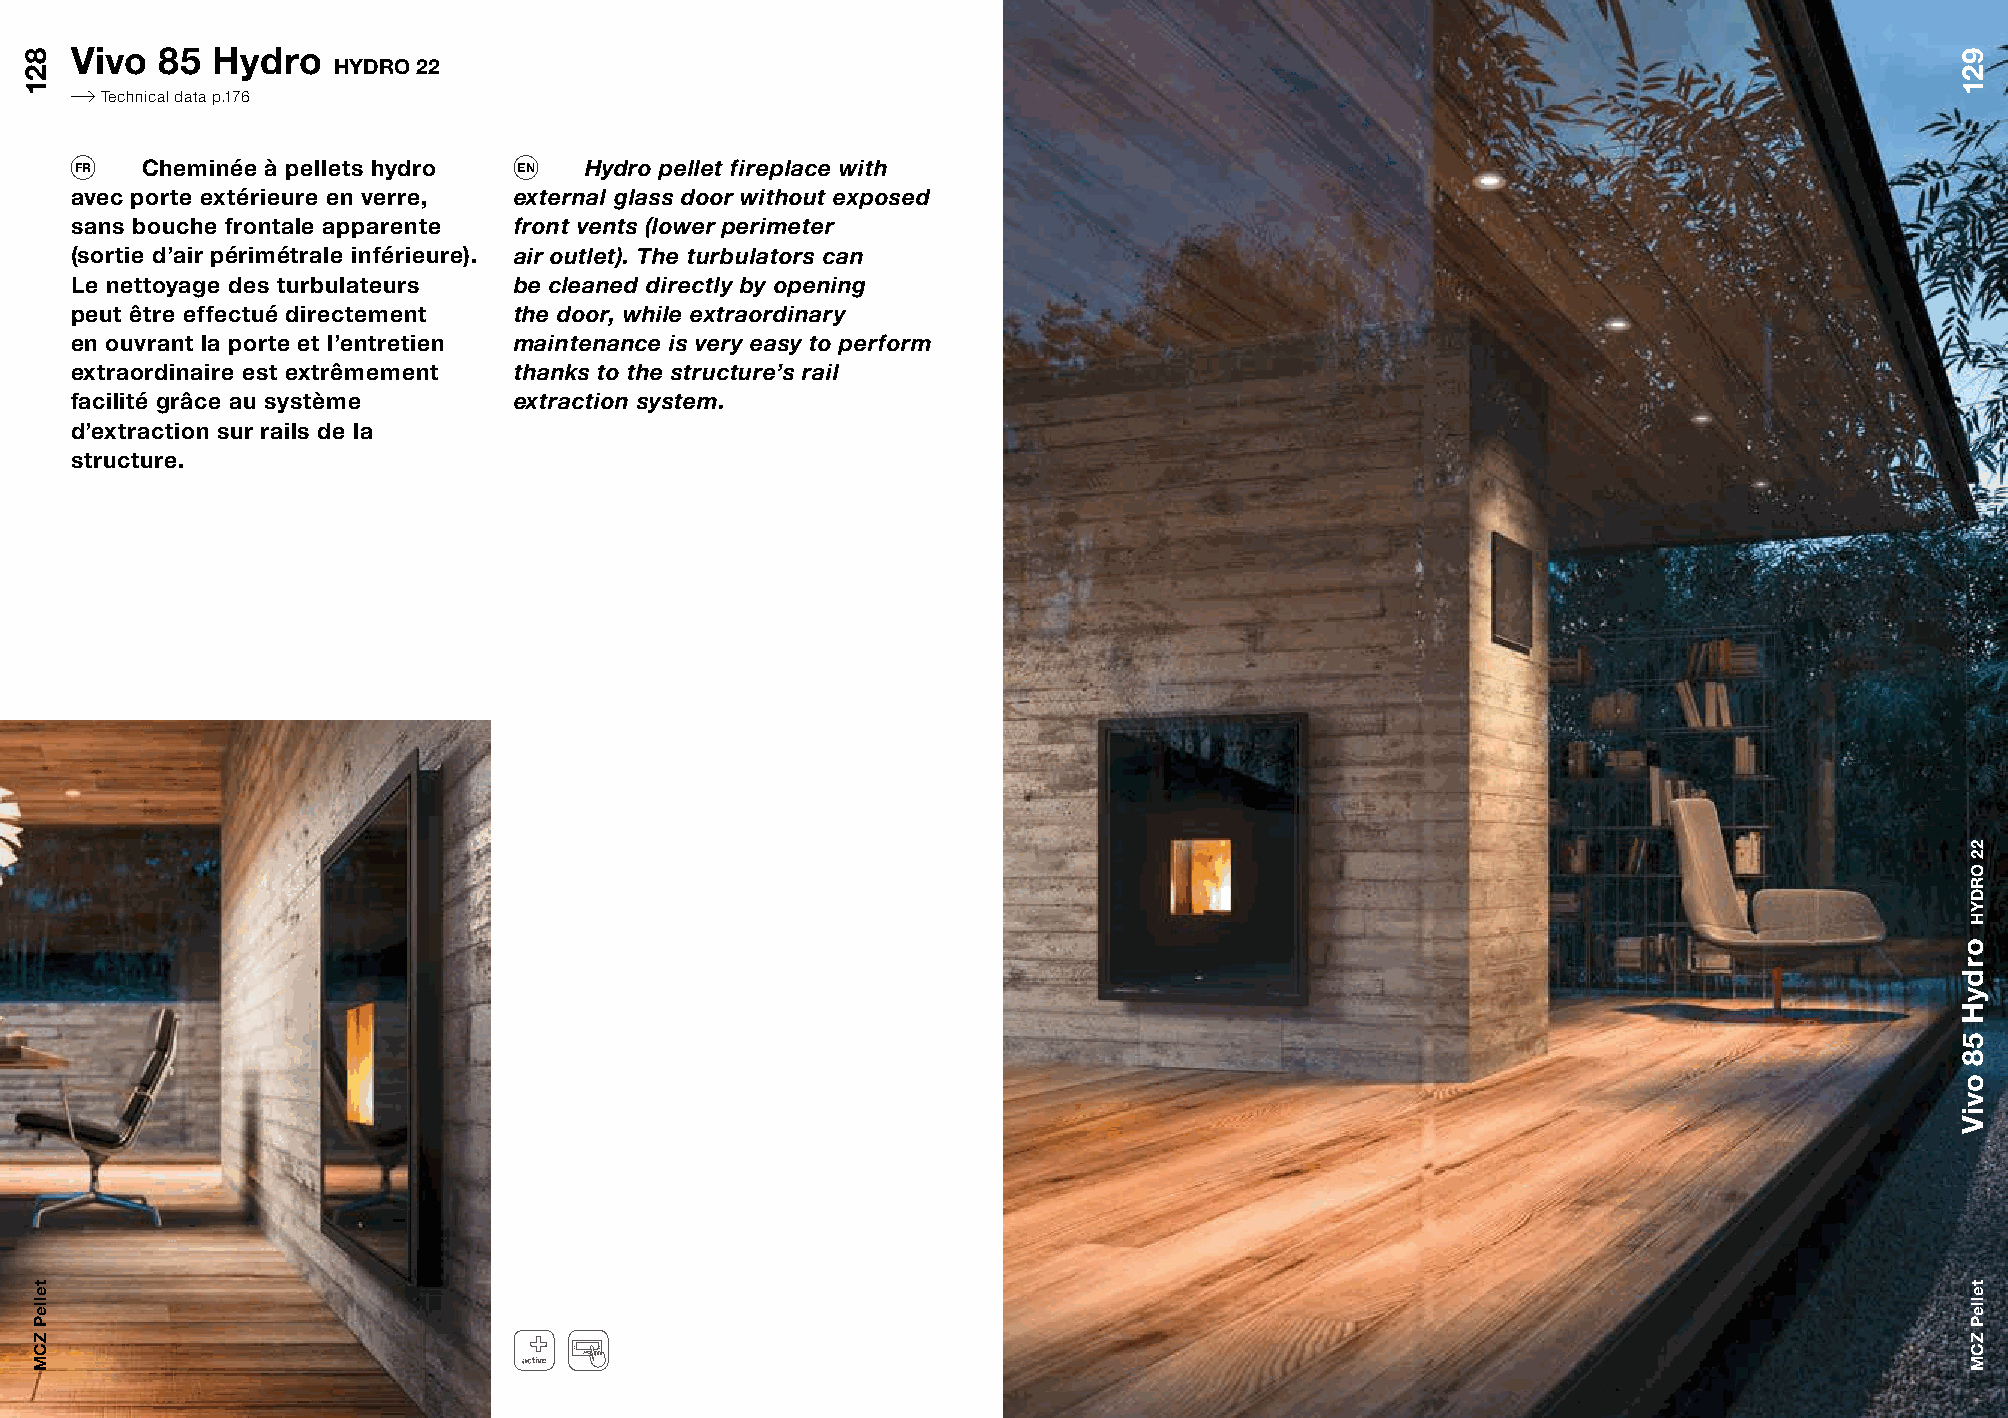
Vivo  85 Hydro
 HYDRO 22
 Technical data p.176
 FR  Cheminée à pellets hydro EN   Hydro pellet fireplace with
 avec porte extérieure en verre, external glass door without exposed
 sans bouche frontale apparente front vents (lower perimeter
 (sortie d’air périmétrale inférieure). air outlet). The turbulators can
 Le nettoyage des turbulateurs be cleaned directly by opening
 peut être effectué directement the door, while extraordinary
 en ouvrant la porte et l’entretien maintenance is very easy to perform
 extraordinaire est extrêmement thanks to the structure’s rail
 facilité grâce au système    extraction system.
 d’extraction sur rails de la
 structure.
 821
 telleP
 ZCM
 921
 ordyH
 58
 oviV
 22
 ORDYH
 telleP
 ZCM